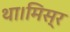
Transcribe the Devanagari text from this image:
था।मिस्र